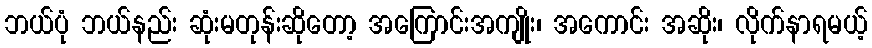
ဘယ်ပုံ ဘယ်နည်း ဆုံးမတုန်းဆိုတော့ အကြောင်းအကျိုး၊ အကောင်း အဆိုး၊ လိုက်နာရမယ့်